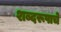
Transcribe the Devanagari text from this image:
शब्दरूपाचे